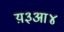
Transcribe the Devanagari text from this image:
य़३आ४